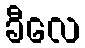
ခီလေ